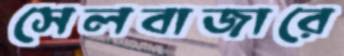
সেলবাজারে